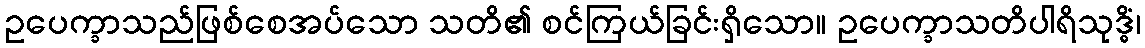
ဥပေက္ခာသည်ဖြစ်စေအပ်သော သတိ၏ စင်ကြယ်ခြင်းရှိသော။ ဥပေက္ခာသတိပါရိသုဒ္ဓိံ၊